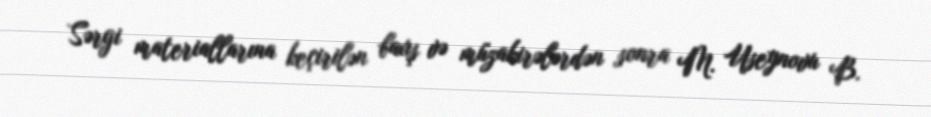
Sərgi materiallarına keçirilən baxış və müzakirələrdən sonra M. Useynovu B.